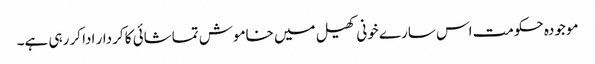
موجودہ حکومت اس سارے خونی کھیل میں خاموش تماشائی کا کردار ادا کر رہی ہے۔